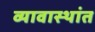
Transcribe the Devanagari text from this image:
व्यावास्थांत